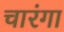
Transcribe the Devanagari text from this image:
चारंगा